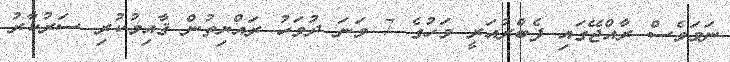
ނަމަވެސް ރާއްޖޭގައި ފެބްރުއަރީ މަހުގެ 7 ވަނަ ދުވަހު ރައްޔިތުން ޤާއިމުކުރި ސަރުކާރު